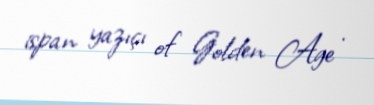
ispan yazıçı of Golden Age .